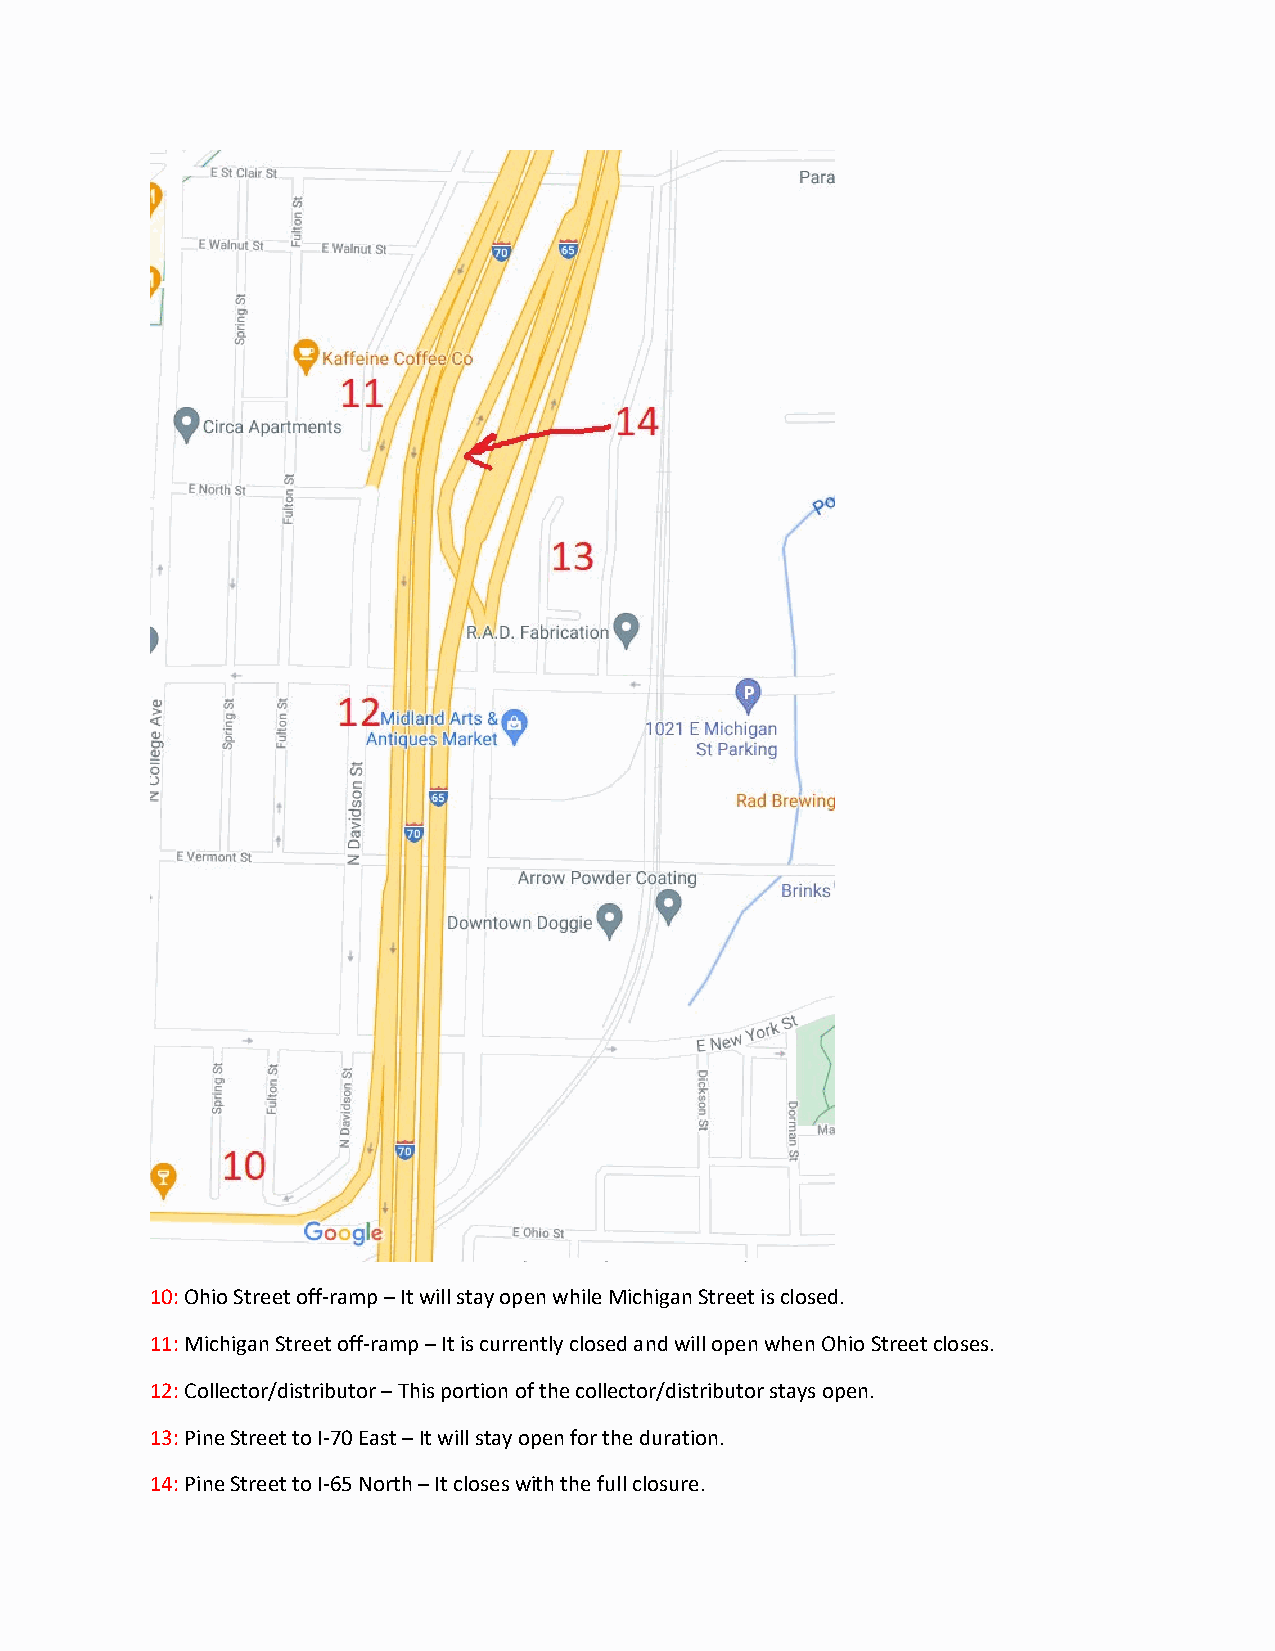
10: Ohio Street off-ramp – It will stay open while Michigan Street is closed.
 11: Michigan Street off-ramp – It is currently closed and will open when Ohio Street closes.
 12: Collector/distributor – This portion of the collector/distributor stays open.
 13: Pine Street to I-70 East – It will stay open for the duration.
 14: Pine Street to I-65 North – It closes with the full closure.